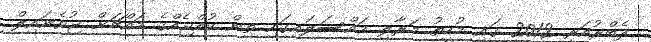
ފެބްރުއަރީ 2012 ގައި މުހީތު މަރާލި މައްސަލައިގައި ތިން ކުއްޖެއްގެ މައްޗަށް ޖުވެނައިލް